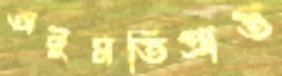
অনুমতিপ্রাপ্ত